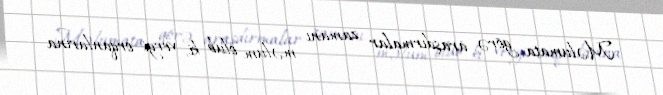
Məlumata görə, araşdırmalar zamanı məlum olub ki, vergi orqanlarına